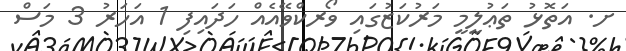
ށ. އަތޮޅު ތަޢުލީމީ މަރުކަޒުގައި ވޯރކްވޭއެއް ހަދައިފި 1 އަހަރު 3 މަސް